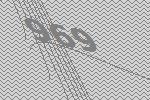
969